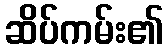
ဆိပ်ကမ်း၏